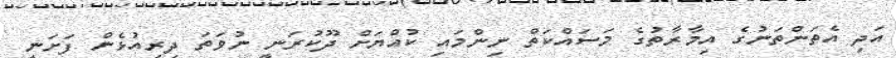
އަދި އެތަންތަނުގެ އިމާރާތުގެ މަސައްކަތް ނިންމައި ކުއްޔަށް ދޫކުރަނީ ނުވަތަ ދިރިއުޅެން ފަށަނީ